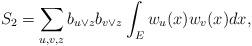
LaTeX: \begin{align*}S_2=\sum_{u,v,z}b_{u\vee z}b_{v\vee z}\int_Ew_u(x)w_v(x)dx,\end{align*}